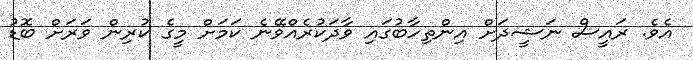
އެވެ. ރައީސް ނަޝީދަށް އިންތިހާބުގައި ވާދަކުރެއްވޭނެ ކަމަށް މީގެ ކުރިން ވަރަށް ބޮޑު